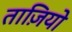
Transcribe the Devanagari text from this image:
ताज़ियो